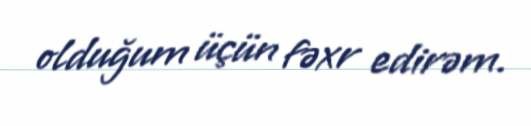
olduğum üçün fəxr edirəm.